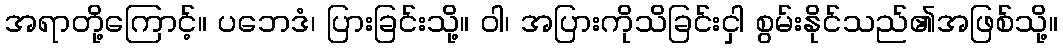
အရာတို့ကြောင့်။ ပဘေဒံ၊ ပြားခြင်းသို့။ ဝါ၊ အပြားကိုသိခြင်းငှါ စွမ်းနိုင်သည်၏အဖြစ်သို့။